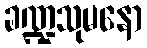
ခဏ္ဍသုမနော